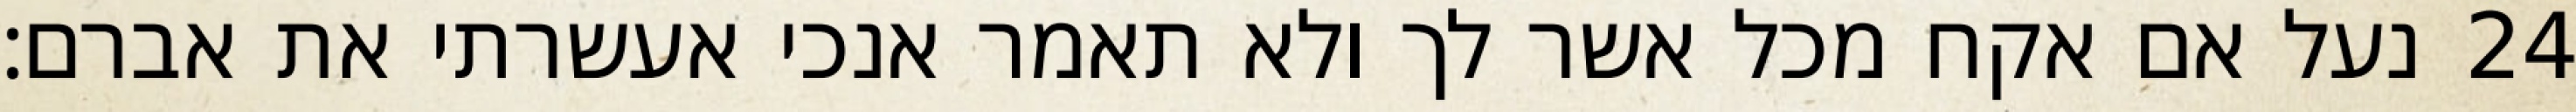
נעל אם אקח מכל אשר לך ולא תאמר אנכי אעשרתי את אברם׃ ‎24‏